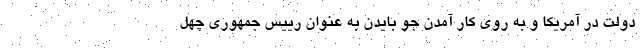
دولت در آمریکا و به روی کار آمدن جو بایدن به عنوان رییس جمهوری چهل